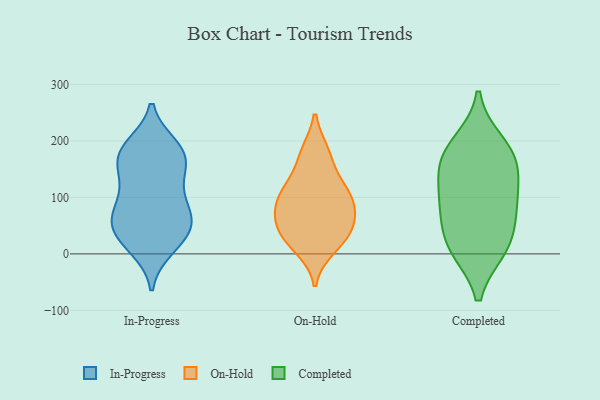
{"axis": {"x": "Shipments", "y": "Value"}, "legend": ["Completed", "In-Progress", "On-Hold"], "data": [{"x": "", "y": 67, "type": "In-Progress"}, {"x": "", "y": 145, "type": "In-Progress"}, {"x": "", "y": 65, "type": "In-Progress"}, {"x": "", "y": 37, "type": "In-Progress"}, {"x": "", "y": 53, "type": "In-Progress"}, {"x": "", "y": 172, "type": "In-Progress"}, {"x": "", "y": 16, "type": "In-Progress"}, {"x": "", "y": 67, "type": "In-Progress"}, {"x": "", "y": 191, "type": "In-Progress"}, {"x": "", "y": 123, "type": "In-Progress"}, {"x": "", "y": 162, "type": "In-Progress"}, {"x": "", "y": 92, "type": "In-Progress"}, {"x": "", "y": 57, "type": "In-Progress"}, {"x": "", "y": 114, "type": "In-Progress"}, {"x": "", "y": 28, "type": "In-Progress"}, {"x": "", "y": 190, "type": "In-Progress"}, {"x": "", "y": 183, "type": "In-Progress"}, {"x": "", "y": 171, "type": "In-Progress"}, {"x": "", "y": 10, "type": "In-Progress"}, {"x": "", "y": 179, "type": "On-Hold"}, {"x": "", "y": 11, "type": "On-Hold"}, {"x": "", "y": 175, "type": "On-Hold"}, {"x": "", "y": 39, "type": "On-Hold"}, {"x": "", "y": 60, "type": "On-Hold"}, {"x": "", "y": 82, "type": "On-Hold"}, {"x": "", "y": 111, "type": "On-Hold"}, {"x": "", "y": 94, "type": "On-Hold"}, {"x": "", "y": 107, "type": "On-Hold"}, {"x": "", "y": 37, "type": "On-Hold"}, {"x": "", "y": 124, "type": "On-Hold"}, {"x": "", "y": 67, "type": "On-Hold"}, {"x": "", "y": 24, "type": "On-Hold"}, {"x": "", "y": 195, "type": "Completed"}, {"x": "", "y": 28, "type": "Completed"}, {"x": "", "y": 10, "type": "Completed"}, {"x": "", "y": 176, "type": "Completed"}, {"x": "", "y": 87, "type": "Completed"}, {"x": "", "y": 10, "type": "Completed"}, {"x": "", "y": 84, "type": "Completed"}, {"x": "", "y": 158, "type": "Completed"}, {"x": "", "y": 155, "type": "Completed"}, {"x": "", "y": 101, "type": "Completed"}]}